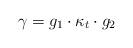
LaTeX: \begin{align*}\gamma=g_1\cdot\kappa_t\cdot g_2\end{align*}